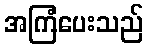
အကြံပေးသည်